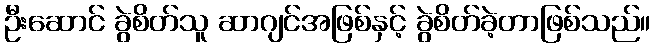
ဦးဆောင် ခွဲစိတ်သူ ဆာဂျင်အဖြစ်နှင့် ခွဲစိတ်ခဲ့တာဖြစ်သည်။